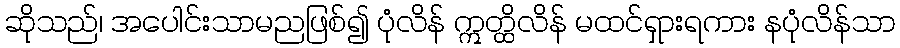
ဆိုသည်၊ အပေါင်းသာမညဖြစ်၍ ပုံလိန် ဣတ္ထိလိန် မထင်ရှားရကား နပုံလိန်သာ